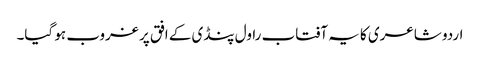
اردو شاعری کا یہ آفتاب راول پنڈی کے افق پر غروب ہو گیا۔